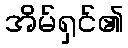
အိမ်ရှင်၏